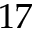
1 7